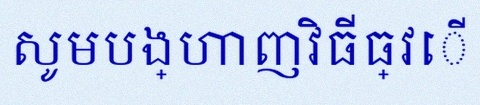
សូមបង្ហាញវិធីធ្វើ